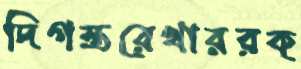
দিগন্তরেখাররক্